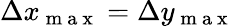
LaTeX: \Delta x_{\mathrm{~m~a~x~}}=\Delta y_{\mathrm{~m~a~x~}}